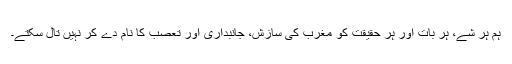
ہم ہر شے، ہر بات اور ہر حقیقت کو مغرب کی سازش، جانبداری اور تعصب کا نام دے کر نہیں تال سکتے۔